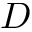
D